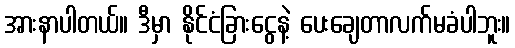
အားနာပါတယ်။ ဒီမှာ နိုင်ငံခြားငွေနဲ့ ပေးချေတာလက်မခံပါဘူး။